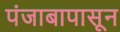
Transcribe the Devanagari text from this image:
पंजाबापासून